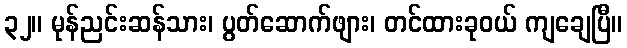
၃၂။ မုန်ညင်းဆန်သား၊ ပွတ်ဆောက်ဖျား၊ တင်ထားခုဝယ် ကျချေပြီ။